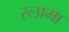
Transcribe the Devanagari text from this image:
स्लामा